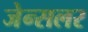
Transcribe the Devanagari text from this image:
जेन्सलर